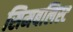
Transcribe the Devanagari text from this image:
सिमबलिस्ट